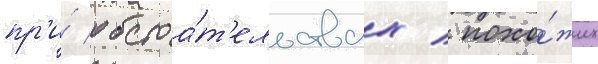
пр'и́ обстоа́т'ельствах / похо́жих